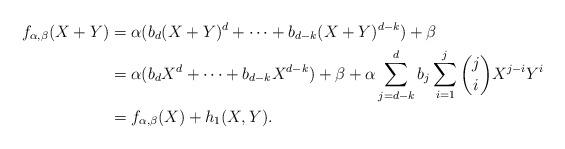
LaTeX: \begin{align*} f_{\alpha, \beta}(X+Y)&= \alpha(b_{d}(X+Y)^d+\cdots+b_{d-k}(X+Y)^{d-k})+\beta\\ &=\alpha(b_dX^d+\cdots+b_{d-k}X^{d-k})+\beta+\alpha \sum_{j=d-k}^d b_j\sum_{i=1}^j {j \choose i} X^{j-i}Y^i\\ &=f_{\alpha,\beta}(X)+h_1(X,Y). \end{align*}